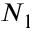
N _ { 1 }